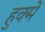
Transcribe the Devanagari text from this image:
हुक्में